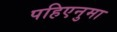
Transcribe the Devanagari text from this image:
पहिएनुमा